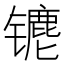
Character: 𰿁